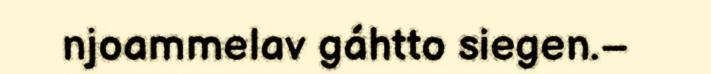
njoammelav gáhtto siegen.–